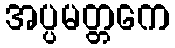
အပ္ပမတ္တကေ